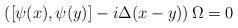
LaTeX: \begin{align*}\left( \left[ \psi (x),\psi (y)\right] -i\Delta (x-y)\right) \Omega =0\end{align*}